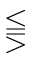
\lesseqqgtr